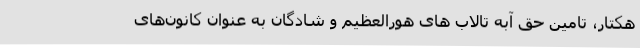
هکتار، تامین حق آبه تالاب های هورالعظیم و شادگان به عنوان کانون‌های